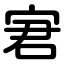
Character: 宭